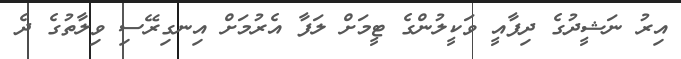
އިރު ނަޝީދުގެ ދިފާއީ ވަކީލުންގެ ޓީމަށް ލަފާ އެރުމަށް އިނގިރޭސި ވިލާތުގެ ދެ